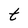
Character: t